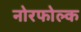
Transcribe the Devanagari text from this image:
नोरफोल्क